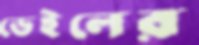
ডেইলের